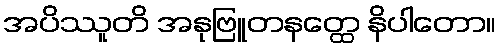
အပိဿူတိ အနုဗြူတနတ္ထေ နိပါတော။